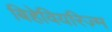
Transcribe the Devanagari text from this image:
बिहेवियरिज़्म